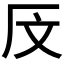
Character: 𰆗